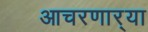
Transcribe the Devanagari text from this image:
आचरणार्‍या